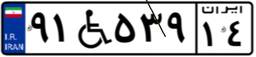
۹۱W۵۳۹۱۴